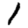
Digit: 1